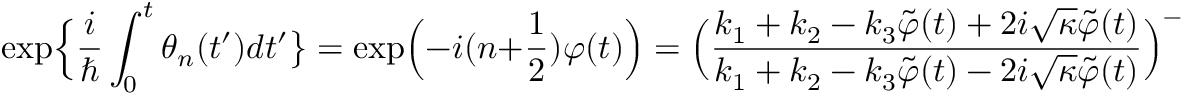
\exp \Bigl \{ \frac { i } { \hbar } \int _ { 0 } ^ { t } \theta _ { n } ( t ^ { \prime } ) d t ^ { \prime } \bigr \} = \exp \Bigl ( - i ( n + \frac { 1 } { 2 } ) \varphi ( t ) \Bigr ) = \Bigl ( \frac { k _ { 1 } + k _ { 2 } - k _ { 3 } \tilde { \varphi } ( t ) + 2 i \sqrt { \kappa } \tilde { \varphi } ( t ) } { k _ { 1 } + k _ { 2 } - k _ { 3 } \tilde { \varphi } ( t ) - 2 i \sqrt { \kappa } \tilde { \varphi } ( t ) } \Bigr ) ^ { - ( n + \frac { 1 } { 2 } ) / 2 } .